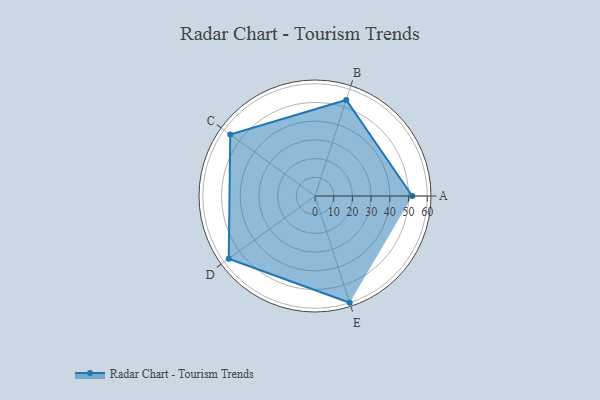
{"axis": {"x": "Skill", "y": "Score"}, "legend": ["Profile"], "data": [{"x": "A", "y": 52.0, "type": "Profile"}, {"x": "B", "y": 54.0, "type": "Profile"}, {"x": "C", "y": 56.0, "type": "Profile"}, {"x": "D", "y": 57.0, "type": "Profile"}, {"x": "E", "y": 60.0, "type": "Profile"}]}